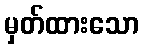
မှတ်ထားသော